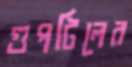
গুপটিলের